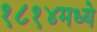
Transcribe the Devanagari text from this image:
१८१४मध्ये